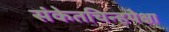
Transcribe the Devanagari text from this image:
संकेतचिन्हपेक्षा